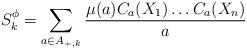
LaTeX: \begin{align*}S^{\phi}_k=\sum_{a\in A_{+,k}}\frac{\mu(a)C_{a}(X_1)\dots C_{a}(X_n)}{a}\end{align*}